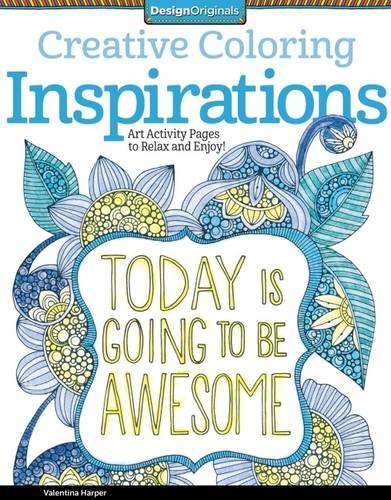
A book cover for Creative Coloring Inspirations: Art Activity Pages to Relax and Enjoy!; Valentina Harper; Arts & Photography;